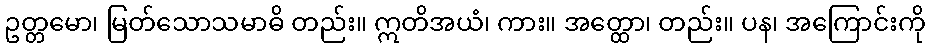
ဥတ္တမော၊ မြတ်သောသမာဓိ တည်း။ ဣတိအယံ၊ ကား။ အတ္ထော၊ တည်း။ ပန၊ အကြောင်းကို